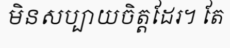
មិនសប្បាយចិត្តដែរ។ តែ